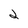
Character: 2